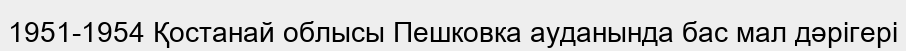
1951-1954 Қостанай облысы Пешковка ауданында бас мал дәрігері